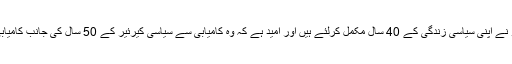
67 سالہ چندرابابو نائیڈو نے اپنی سیاسی زندگی کے 40 سال مکمل کرلئے ہیں اور اُمید ہے کہ وہ کامیابی سے سیاسی کیرئیر کے 50 سال کی جانب کامیابی سے گامزن رہیں گے۔